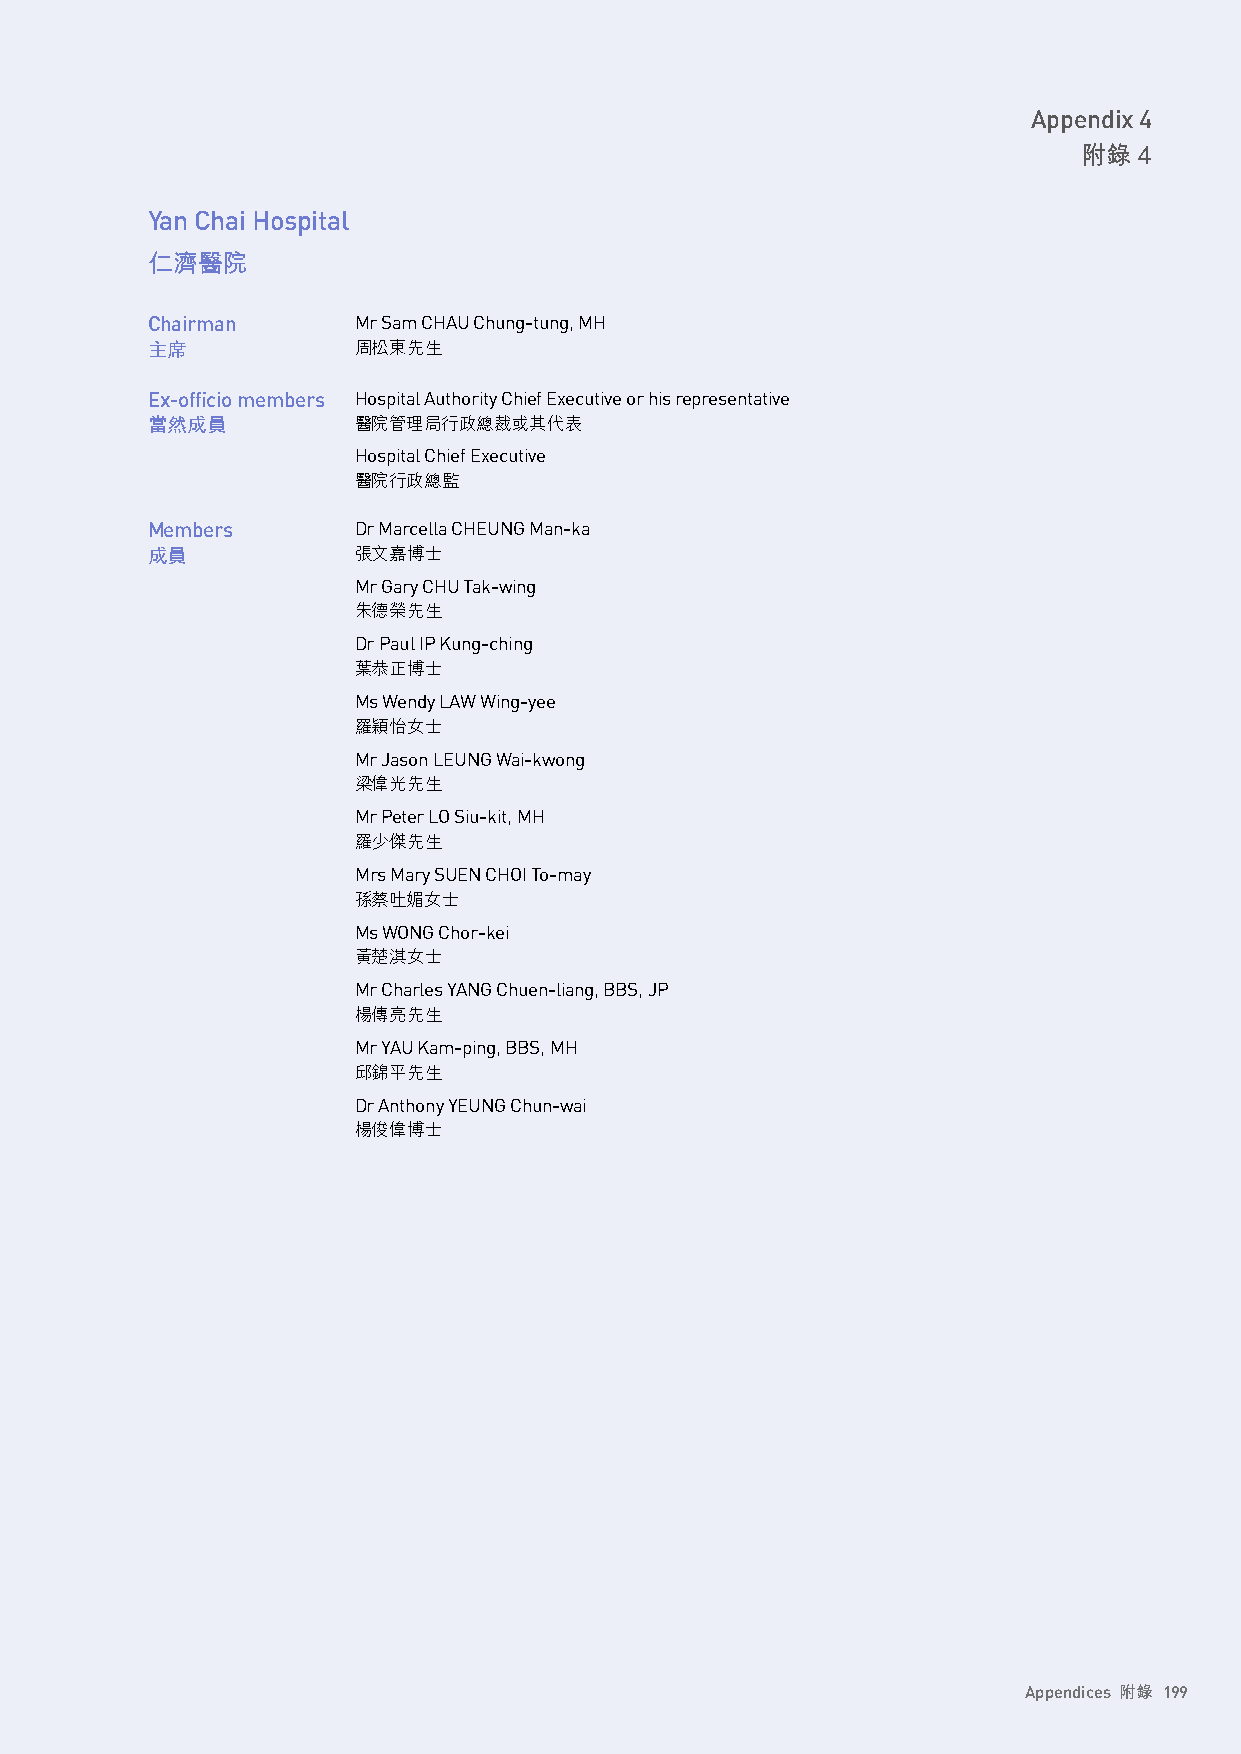
Appendix 4
 附錄 4
 Yan Chai Hospital
 仁濟醫院
 Chairman     Mr Sam CHAU Chung-tung, MH
 主席           周松東先生
 Ex-officio members Hospital Authority Chief Executive or his representative
 當然成員         醫院管理局行政總裁或其代表
 Hospital Chief Executive
 醫院行政總監
 Members      Dr Marcella CHEUNG Man-ka
 成員           張文嘉博士
 Mr Gary CHU Tak-wing
 朱德榮先生
 Dr Paul IP Kung-ching
 葉恭正博士
 Ms Wendy LAW Wing-yee
 羅穎怡女士
 Mr Jason LEUNG Wai-kwong
 梁偉光先生
 Mr Peter LO Siu-kit, MH
 羅少傑先生
 Mrs Mary SUEN CHOI To-may
 孫蔡吐媚女士
 Ms WONG Chor-kei
 黃楚淇女士
 Mr Charles YANG Chuen-liang, BBS, JP
 楊傳亮先生
 Mr YAU Kam-ping, BBS, MH
 邱錦平先生
 Dr Anthony YEUNG Chun-wai
 楊俊偉博士
 Appendices 附錄 199